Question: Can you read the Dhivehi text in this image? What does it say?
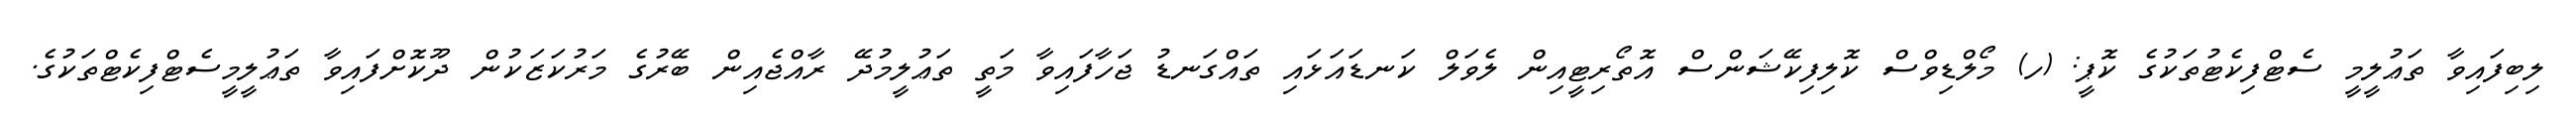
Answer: ލިބިފައިވާ ތަޢުލީމީ ސެޓްފިކެޓުތަކުގެ ކޮޕީ: (ހ) މޯލްޑިވްސް ކޮލިފިކޭޝަންސް އޮތޯރިޓީއިން ލެވަލް ކަނޑައަޅައި ތައްގަނޑު ޖަހާފައިވާ މަތީ ތަޢުލީމުދޭ ރާއްޖެއިން ބޭރުގެ މަރުކަޒަކުން ދޫކޮށްފައިވާ ތަޢުލީމީސެޓްފިކެޓްތަކުގެ.